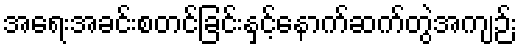
အရေးအခင်းစတင်ခြင်းနှင့်နောက်ဆက်တွဲအကျဉ်း